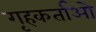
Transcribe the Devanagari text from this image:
गृहकर्ताओ